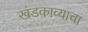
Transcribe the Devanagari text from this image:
खंडकाव्याचा